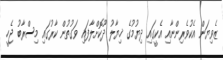
ޒެވިޔަން އެކުވެރިންނާއި އެކީގައި ދިޔުމުގެ ޚިޔާލު ދޫކޮށްލާފައި ވަގުތުން ކާރުގައި މިސްރާބު ޖެހީ